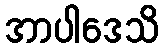
အာပါဒေသိ